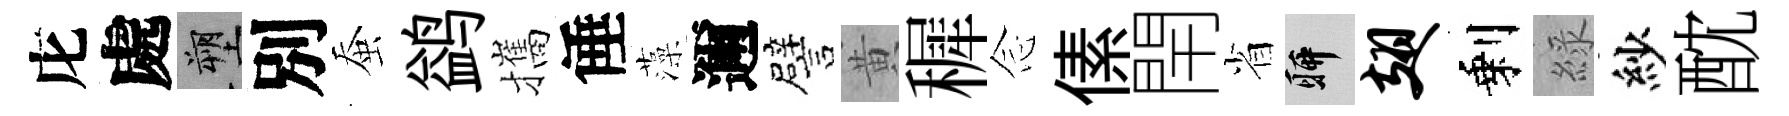
庀處塑別蚕鹢攜倕藻邇譬黄穉𫝹傃閈省聊翅剩綠紗酖